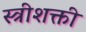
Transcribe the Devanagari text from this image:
स्त्रीशक्ती